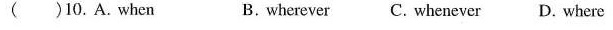
( ) 10. A.When B. wherever C. whenever D. Where